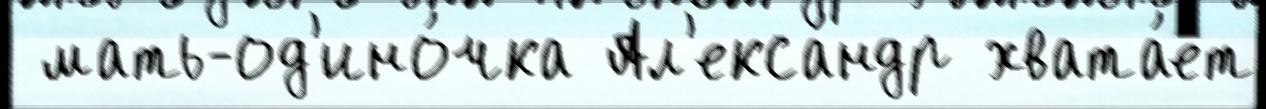
 мать-од'ино́чка Ал'екса́ндр хвата́ет